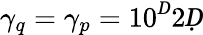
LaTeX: \gamma_{q}=\gamma_{p}=10^{Ḋ}2Ḍ